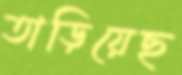
তাড়িয়েছ